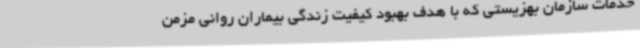
خدمات سازمان بهزیستی که با هدف بهبود کیفیت زندگی بیماران روانی مزمن